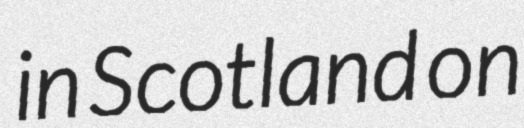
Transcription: in Scotland on